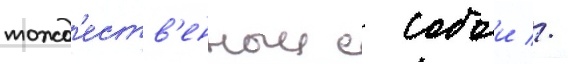
тожд'еств'енныи с собои //